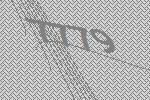
7779